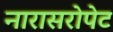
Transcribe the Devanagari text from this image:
नारासरोपेट